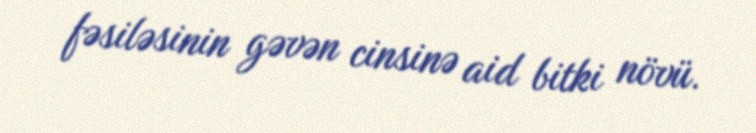
fəsiləsinin gəvən cinsinə aid bitki növü.